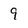
Character: 9